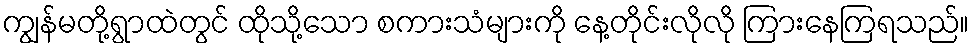
ကျွန်မတို့ရွာထဲတွင် ထိုသို့သော စကားသံများကို နေ့တိုင်းလိုလို ကြားနေကြရသည်။